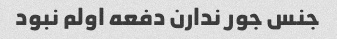
جنس جور ندارن دفعه اولم نبود